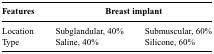
<table><thead><tr><td><b>Features</b></td><td colspan="2"><b>Breast implant</b></td></tr></thead><tbody><tr><td>Location</td><td>Subglandular, 40%</td><td>Submuscular, 60%</td></tr><tr><td>Type</td><td>Saline, 40%</td><td>Silicone, 60%</td></tr></tbody></table>